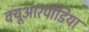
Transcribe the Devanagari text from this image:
क्यूआरपीडिया